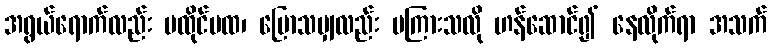
အရွယ်ရောက်လည်း မထိုင်မထ၊ ပြောသမျှလည်း မကြားသလို ဟန်ဆောင်၍ နေလိုက်ရာ အသက်